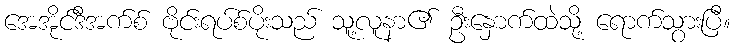
အေအိုင်ဒီအက်စ် ဗိုင်းရပ်စ်ပိုးသည် သူ့လူနာ၏ ဦးနှောက်ထဲသို့ ရောက်သွားပြီ။